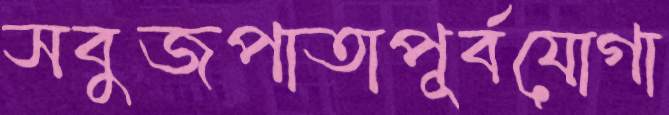
সবুজপাতাপূর্বযোগা